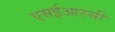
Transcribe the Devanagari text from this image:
एसईआरसी